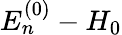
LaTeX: E_{n}^{(0)}-H_{0}